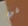
في